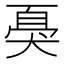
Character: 𱭿